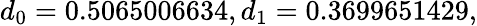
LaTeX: d_{0}=0.5065006634,d_{1}=0.3699651429,